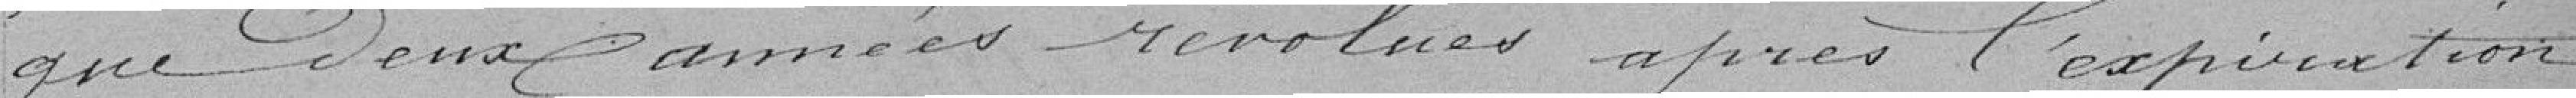
que deux années révolues après l'expiration